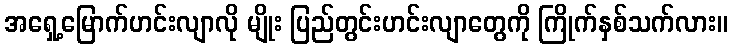
အရှေ့မြောက်ဟင်းလျာလို မျိုး ပြည်တွင်းဟင်းလျာတွေကို ကြိုက်နှစ်သက်လား။